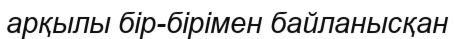
арқылы бір-бірімен байланысқан